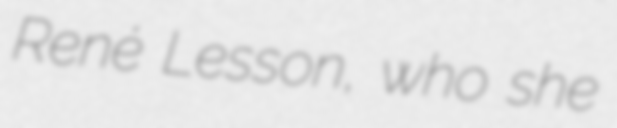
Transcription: René Lesson, who she